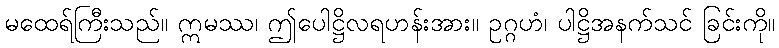
မထေရ်ကြီးသည်။ ဣမဿ၊ ဤပေါဋ္ဌိလရဟန်းအား။ ဥဂ္ဂဟံ၊ ပါဋ္ဌိအနက်သင် ခြင်းကို။